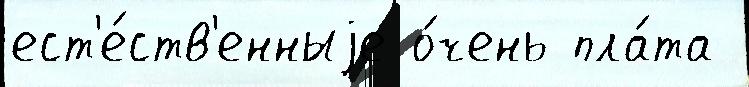
ест'е́ств'енныjе о́чень пла́та